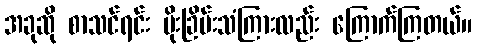
အခုဆို စာသင်ရင်း မိုးခြိမ်းသံကြားလည်း ကြောက်ကြတယ်။